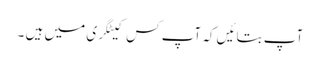
آپ بتائیں کہ آپ کس کیٹگری میں ہیں ۔